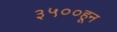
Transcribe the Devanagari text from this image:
३५००हून